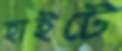
হাইটে